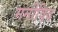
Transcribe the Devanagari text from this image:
मनोविद